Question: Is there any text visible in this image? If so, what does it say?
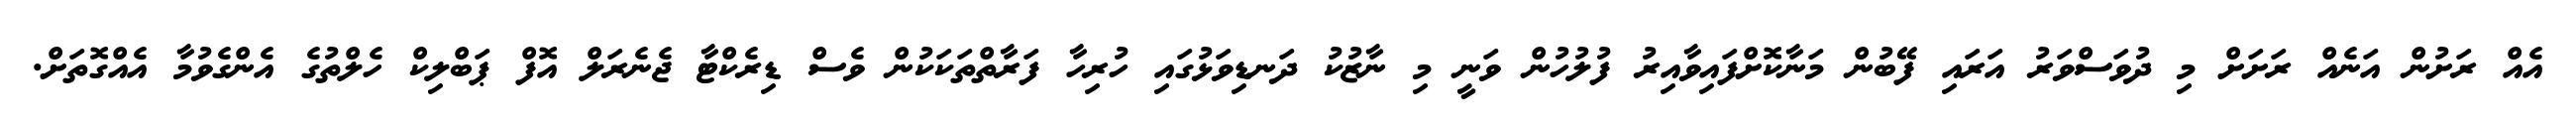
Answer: އެއް ރަށުން އަނެއް ރަށަށް މި ދުވަސްވަރު އަރައި ފޭބުން މަނާކޮށްފައިވާއިރު ފުލުހުން ވަނީ މި ނާޒުކު ދަނޑިވަޅުގައި ހުރިހާ ފަރާތްތަކަކުން ވެސް ޑިރެކްޓާ ޖެނެރަލް އޮފް ޕަބްލިކް ހެލްތުގެ އެންގެވުމާ އެއްގޮތަށް.